Annual returns of the Patna Lunatic Asylum at Bankipore in Bihar and Orissa - 1912-1924
Year: 1912
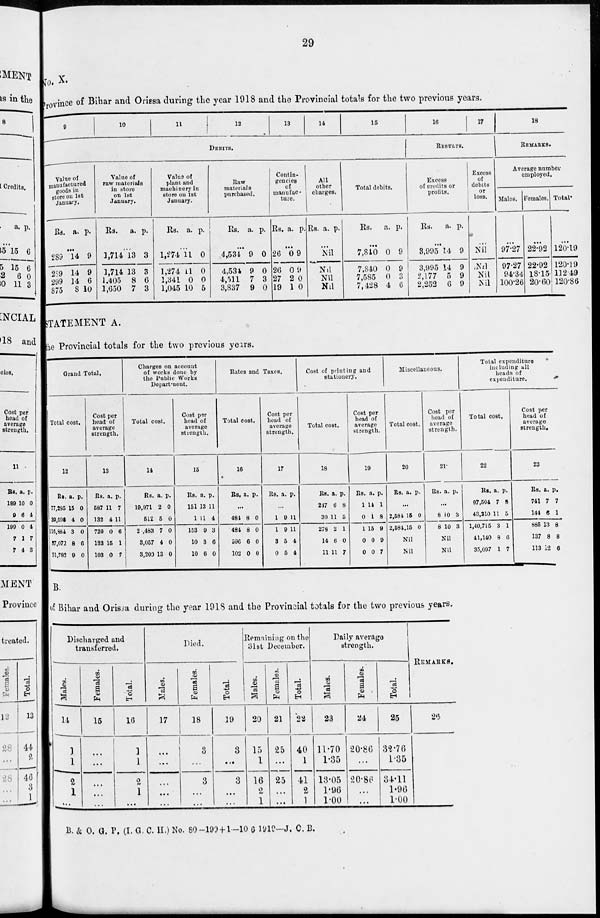
29
No. X.
Province of Bihar and Orissa during the year 1918 and the Provincial totals for the two previous years.
9
10
11
12
13
14
15
DEBITS.
Value of
manufactured
goods in
store on 1st
January.
Rs. A. P.
...
289
289
299
875
14
14
14
8
9
9
6
10
Value of
raw materials
in store
on 1st
January.
Rs. a. p.
...
1,714
1,714
1,405
1,650
13
13
8
7
3
3
6
3
Value of
plant and
machinery in
store on 1st
January.
Rs. a. p.
...
1,274
1,274
1,341
1,045
11
11
0
10
0
0
0
5
Raw
materials
purchased.
Rs. a. p.
...
4,531
4,534
4,511
3,837
9
9
7
9
0
0
3
0
Contin-
gencies
of
manufac-
ture.
Rs. a. p.
...
26
26
27
19
0
0
2
1
9
9
0
0
All
other
charges.
Rs. a. p.
...
Nil
Nil
Ni1
Nil
Total debits.
Rs. a. p.
...
7,840
7,840
7,585
7,428
0
0
0
4
9
9
3
6
16
17
RESULTS.
Excess
of credits or
profits.
Rs.
a. p.
...
3,995
3,995
2,177
2,252
14
14
5
6
9
9
9
9
Excess
of
debits
or
loss.
...
Nil
Nil
Nil
Nil
18
REMARKS.
Average number
employed.
Males.
...
97.27
97.27
94.34
100.26
Females.
...
22.92
22.92
18.15
20.60
Total.
...
120.19
120.19
112.49
120.86
STATEMENT A.
the Provincial totals for the two previous years.
Grand Total.
Total cost.
12
Rs.
77,285
30,598
116,884
37,072
31,782
a.
15
4
3
8
9
p.
0
0
0
6
0
Cost per
head of
average
strength.
13
Rs.
587
132
720
123
103
a.
11
4
0
15
0
p.
7
11
6
1
7
Charges on account
of works done by
the Public Works
Department.
Total cost.
14
Rs.
19,971
512
2,483
3,057
3,200
a.
2
5
7
4
13
p.
0
0
0
0
0
Cost per
head of
average
strength.
15
Rs.
151
1
153
10
10
a.
13
11
9
3
6
p.
11
4
3
6
0
Rates and Taxes.
Total cost.
16
Rs. a. p.
...
484
484
996
102
8
8
6
0
0
0
0
0
Cost per
head of
average
strength.
17
Rs. a. p.
...
1
1
3
0
9
9
5
5
11
11
4
4
Cost of printing and
stationery.
Total cost.
18
Rs.
247
30
278
14
11
a.
6
11
2
6
11
p.
8
5
1
0
7
Cost per
head of
average
strength.
19
Rs.
1
0
1
0
0
a.
14
1
15
0
0
p.
1
8
9
9
7
Miscellaneous.
Total cost.
20
Rs. a. p.
...
2,584
2,584
15
15
0
0
Nil
Nil
Cost per
head of
average
strength.
21
Rs. a. p.
...
8
8
10
10
3
3
Nil
Nil
Total expenditure
including all
heads of
expenditure.
Total cost.
22
Rs.
97,504
43,210
1,40,715
41,140
35,097
a.
7
11
3
8
1
p.
8
5
1
6
7
Cost per
head of
average
strength.
23
Rs.
741
144
885
137
113
a.
7
6
13
8
12
p.
7
1
8
8
6
B.
of Bihar and Orissa during the year 1918 and the Provincial totals for the two previous years.
Discharged and
transferred.
Males.
14
1
1
2
1
...
Females.
15
...
...
...
...
...
Total.
16
1
1
2
1
...
Died.
Males.
17
...
...
...
...
...
Females.
18
3
...
3
...
...
Total.
19
3
...
3
...
...
Remaining on the
31st December.
Males.
20
15
1
16
2
1
Female.
21
25
...
25
...
...
Total.
22
40
1
41
2
1
Daily average
strength.
Males.
23
11.70
1.35
13.05
1.96
1.00
Females.
24
20.86
...
20.86
...
...
Total.
25
32.76
1.35
34.11
1.90
1.00
REMARKS.
26
34.11
1.96
1.00
B. & O. G. P. (I.G.C.H.) No. 80-199+ 1—10 6 1919—J. C. B.